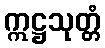
ဣဋ္ဌသုတ္တံ